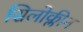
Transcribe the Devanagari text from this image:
सिलोक्लीन